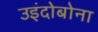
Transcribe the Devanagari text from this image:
उइंदोबोना